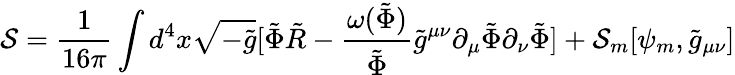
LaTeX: {\cal{S}}=\frac{1}{16\pi}\int d^{4}x\sqrt{-\tilde{g}}[\tilde{\Phi}\tilde{R}-\frac{\omega(\tilde{\Phi})}{\tilde{\Phi}}\tilde{g}^{\mu\nu}\partial_{\mu}\tilde{\Phi}\partial_{\nu}\tilde{\Phi}]+{\cal{S}}_{m}[\psi_{m},\tilde{g}_{\mu\nu}]